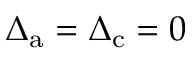
\Delta _ { \mathrm { a } } = \Delta _ { \mathrm { c } } = 0